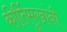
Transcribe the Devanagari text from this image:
कीर्तिमुखांनी